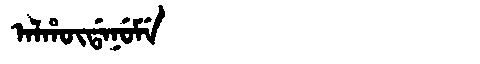
Manchu: ᠠᠯᡥᡡᡩᠠᠨᡠᠮᡝ
Romanization: ALHŪDANUME